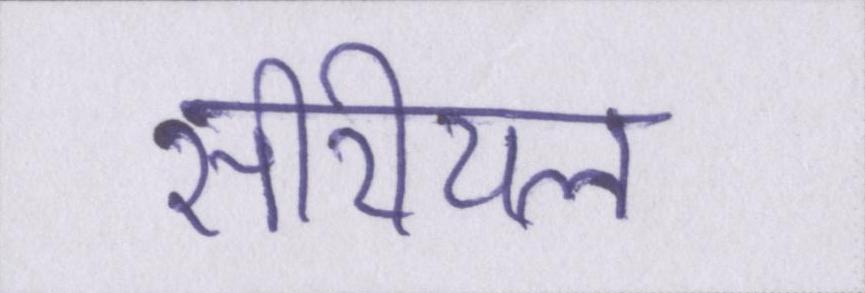
सीरीयल